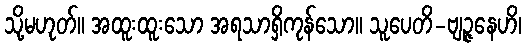
သို့မဟုတ်။ အထူးထူးသော အရသာရှိကုန်သော။ သူပေတိ-ဗျဉ္ဇနေဟိ၊